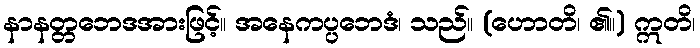
နာနတ္တဘေဒအားဖြင့်။ အနေကပ္ပဘေဒံ၊ သည်။ (ဟောတိ၊ ၏။) ဣတိ၊